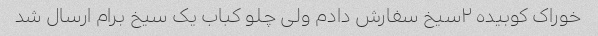
خوراک کوبیده ۲سیخ سفارش دادم ولی چلو کباب یک سیخ برام ارسال شد